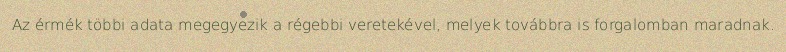
Az érmék többi adata megegyezik a régebbi veretekével, melyek továbbra is forgalomban maradnak.